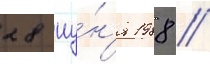
28 иу́н'я 1988 //